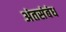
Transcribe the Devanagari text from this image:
अंतसंबंध